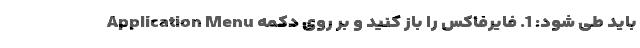
باید طی شود: 1. فایرفاکس را باز کنید و بر روی دکمه Application Menu